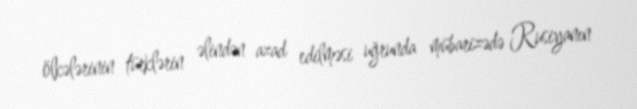
ölkələrinin türklərin əlindən azad edilməsi uğrunda mübarizədə Rusiyanın